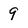
Character: 9